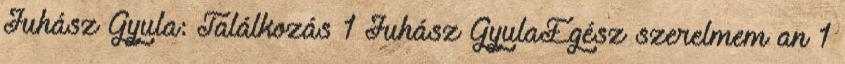
Juhász Gyula: Találkozás 1 Juhász GyulaEgész szerelmem an 1